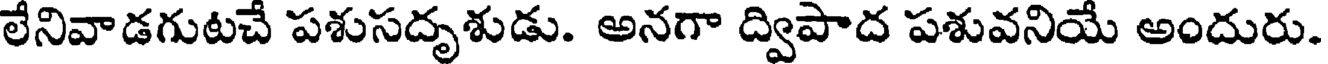
లేనివాడగుటచే పశుసదృశుడు. అనగా ద్విపాద పశువనియే అందురు.